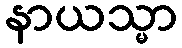
နာယသ္မာ